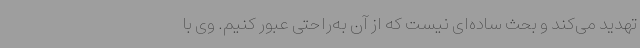
تهدید می‌کند و بحث ساده‌ای نیست که از آن به‌راحتی عبور کنیم. وی با